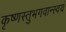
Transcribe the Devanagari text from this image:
कृष्णस्तुभगवान्स्वयं